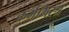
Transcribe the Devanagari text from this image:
कर्ममिरश्र